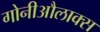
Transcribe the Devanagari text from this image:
गोनीऔलाक्स